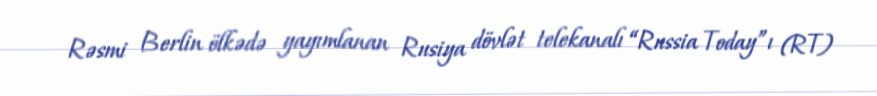
Rəsmi Berlin ölkədə yayımlanan Rusiya dövlət telekanalı “Russia Today”ı (RT)